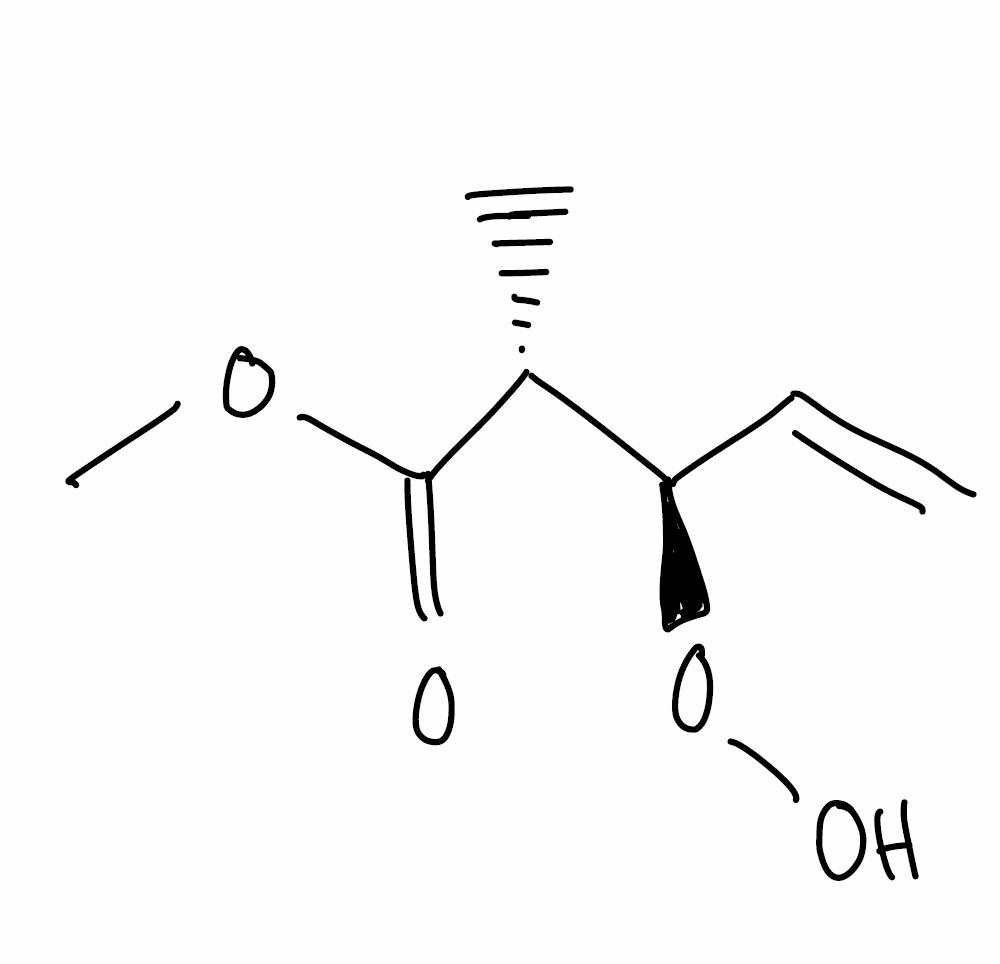
Simplified molecular-input line-entry system (SMILES) notation of the given molecule:
C[C@H]([C@@H](C=C)OO)C(=O)OC